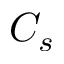
C _ { s }